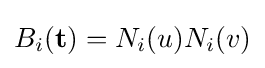
B_{i}(\mathbf {t} )=N_{i}(u)N_{i}(v)